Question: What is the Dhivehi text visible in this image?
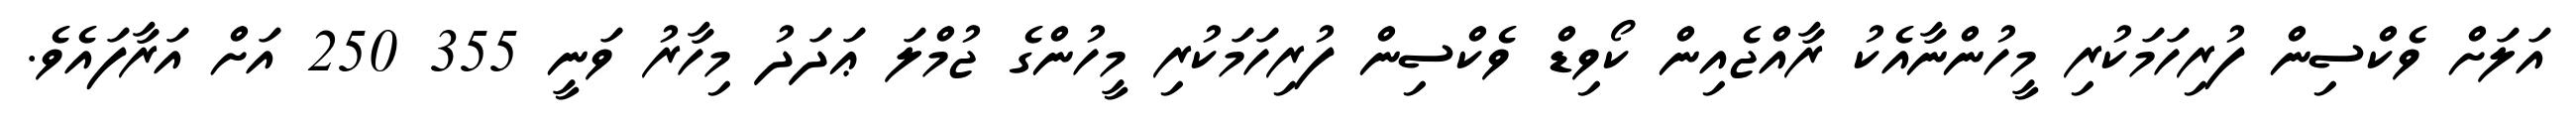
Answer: އަލަށް ވެކްސިން ފުރިހަމަކުރި މީހުންނާއެކު ރާއްޖެއިން ކޯވިޑް ވެކްސިން ފުރިހަމަކުރި މީހުންގެ ޖުމްލަ ޢަދަދު މިހާރު ވަނީ 355 250 އަށް އަރާފައެވެ.